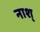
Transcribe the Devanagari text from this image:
नाश्